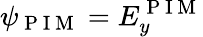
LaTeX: \psi_{\mathrm{~P~I~M~}}=E_{y}^{\mathrm{~P~I~M~}}